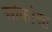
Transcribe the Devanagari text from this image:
ओकोआ